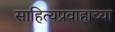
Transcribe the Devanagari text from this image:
साहित्यप्रवाहाच्या